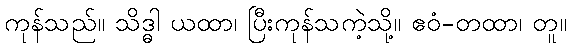
ကုန်သည်။ သိဒ္ဓါ ယထာ၊ ပြီးကုန်သကဲ့သို့။ ဧဝံ-တထာ၊ တူ။